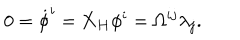
LaTeX: 0 = { \dot { \phi } ^ { i } } = { \bf X _ { H } } \phi ^ { i } = \Omega ^ { i j } \lambda _ { j } .